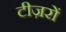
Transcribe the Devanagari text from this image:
टीज़रों